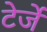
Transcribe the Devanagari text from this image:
टेर्जे